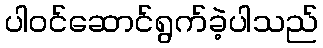
ပါဝင်ဆောင်ရွက်ခဲ့ပါသည်